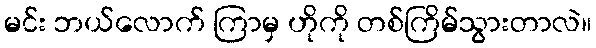
မင်း ဘယ်လောက် ကြာမှ ဟိုကို တစ်ကြိမ်သွားတာလဲ။